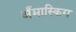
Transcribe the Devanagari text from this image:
अँमास्किग